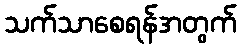
သက်သာစေရန်အတွက်